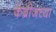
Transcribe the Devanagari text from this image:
केंब्रीजच्या